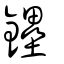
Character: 鑸